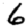
Digit: 6